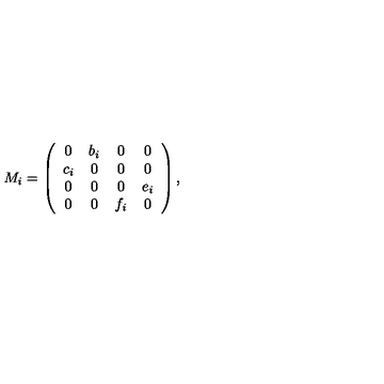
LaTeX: M _ { i } = \left( \begin{array} { c c c c } { 0 } & { b _ { i } } & { 0 } & { 0 } \\ { c _ { i } } & { 0 } & { 0 } & { 0 } \\ { 0 } & { 0 } & { 0 } & { e _ { i } } \\ { 0 } & { 0 } & { f _ { i } } & { 0 } \\ \end{array} \right) ,